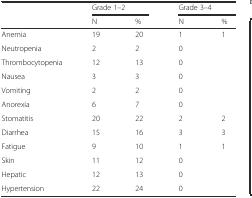
|  | <COLSPAN=2> Grade 1–2 | <COLSPAN=2> Grade 3–4 |
 |  | N | % | N | % |
 | --- | --- | --- | --- | --- |
 | Anemia | 19 | 20 | 1 | 1 |
 | Neutropenia | 2 | 2 | 0 |  |
 | Thrombocytopenia | 12 | 13 | 0 |  |
 | Nausea | 3 | 3 | 0 |  |
 | Vomiting | 2 | 2 | 0 |  |
 | Anorexia | 6 | 7 | 0 |  |
 | Stomatitis | 20 | 22 | 2 | 2 |
 | Diarrhea | 15 | 16 | 3 | 3 |
 | Fatigue | 9 | 10 | 1 | 1 |
 | Skin | 11 | 12 | 0 |  |
 | Hepatic | 12 | 13 | 0 |  |
 | Hypertension | 22 | 24 | 0 |  |